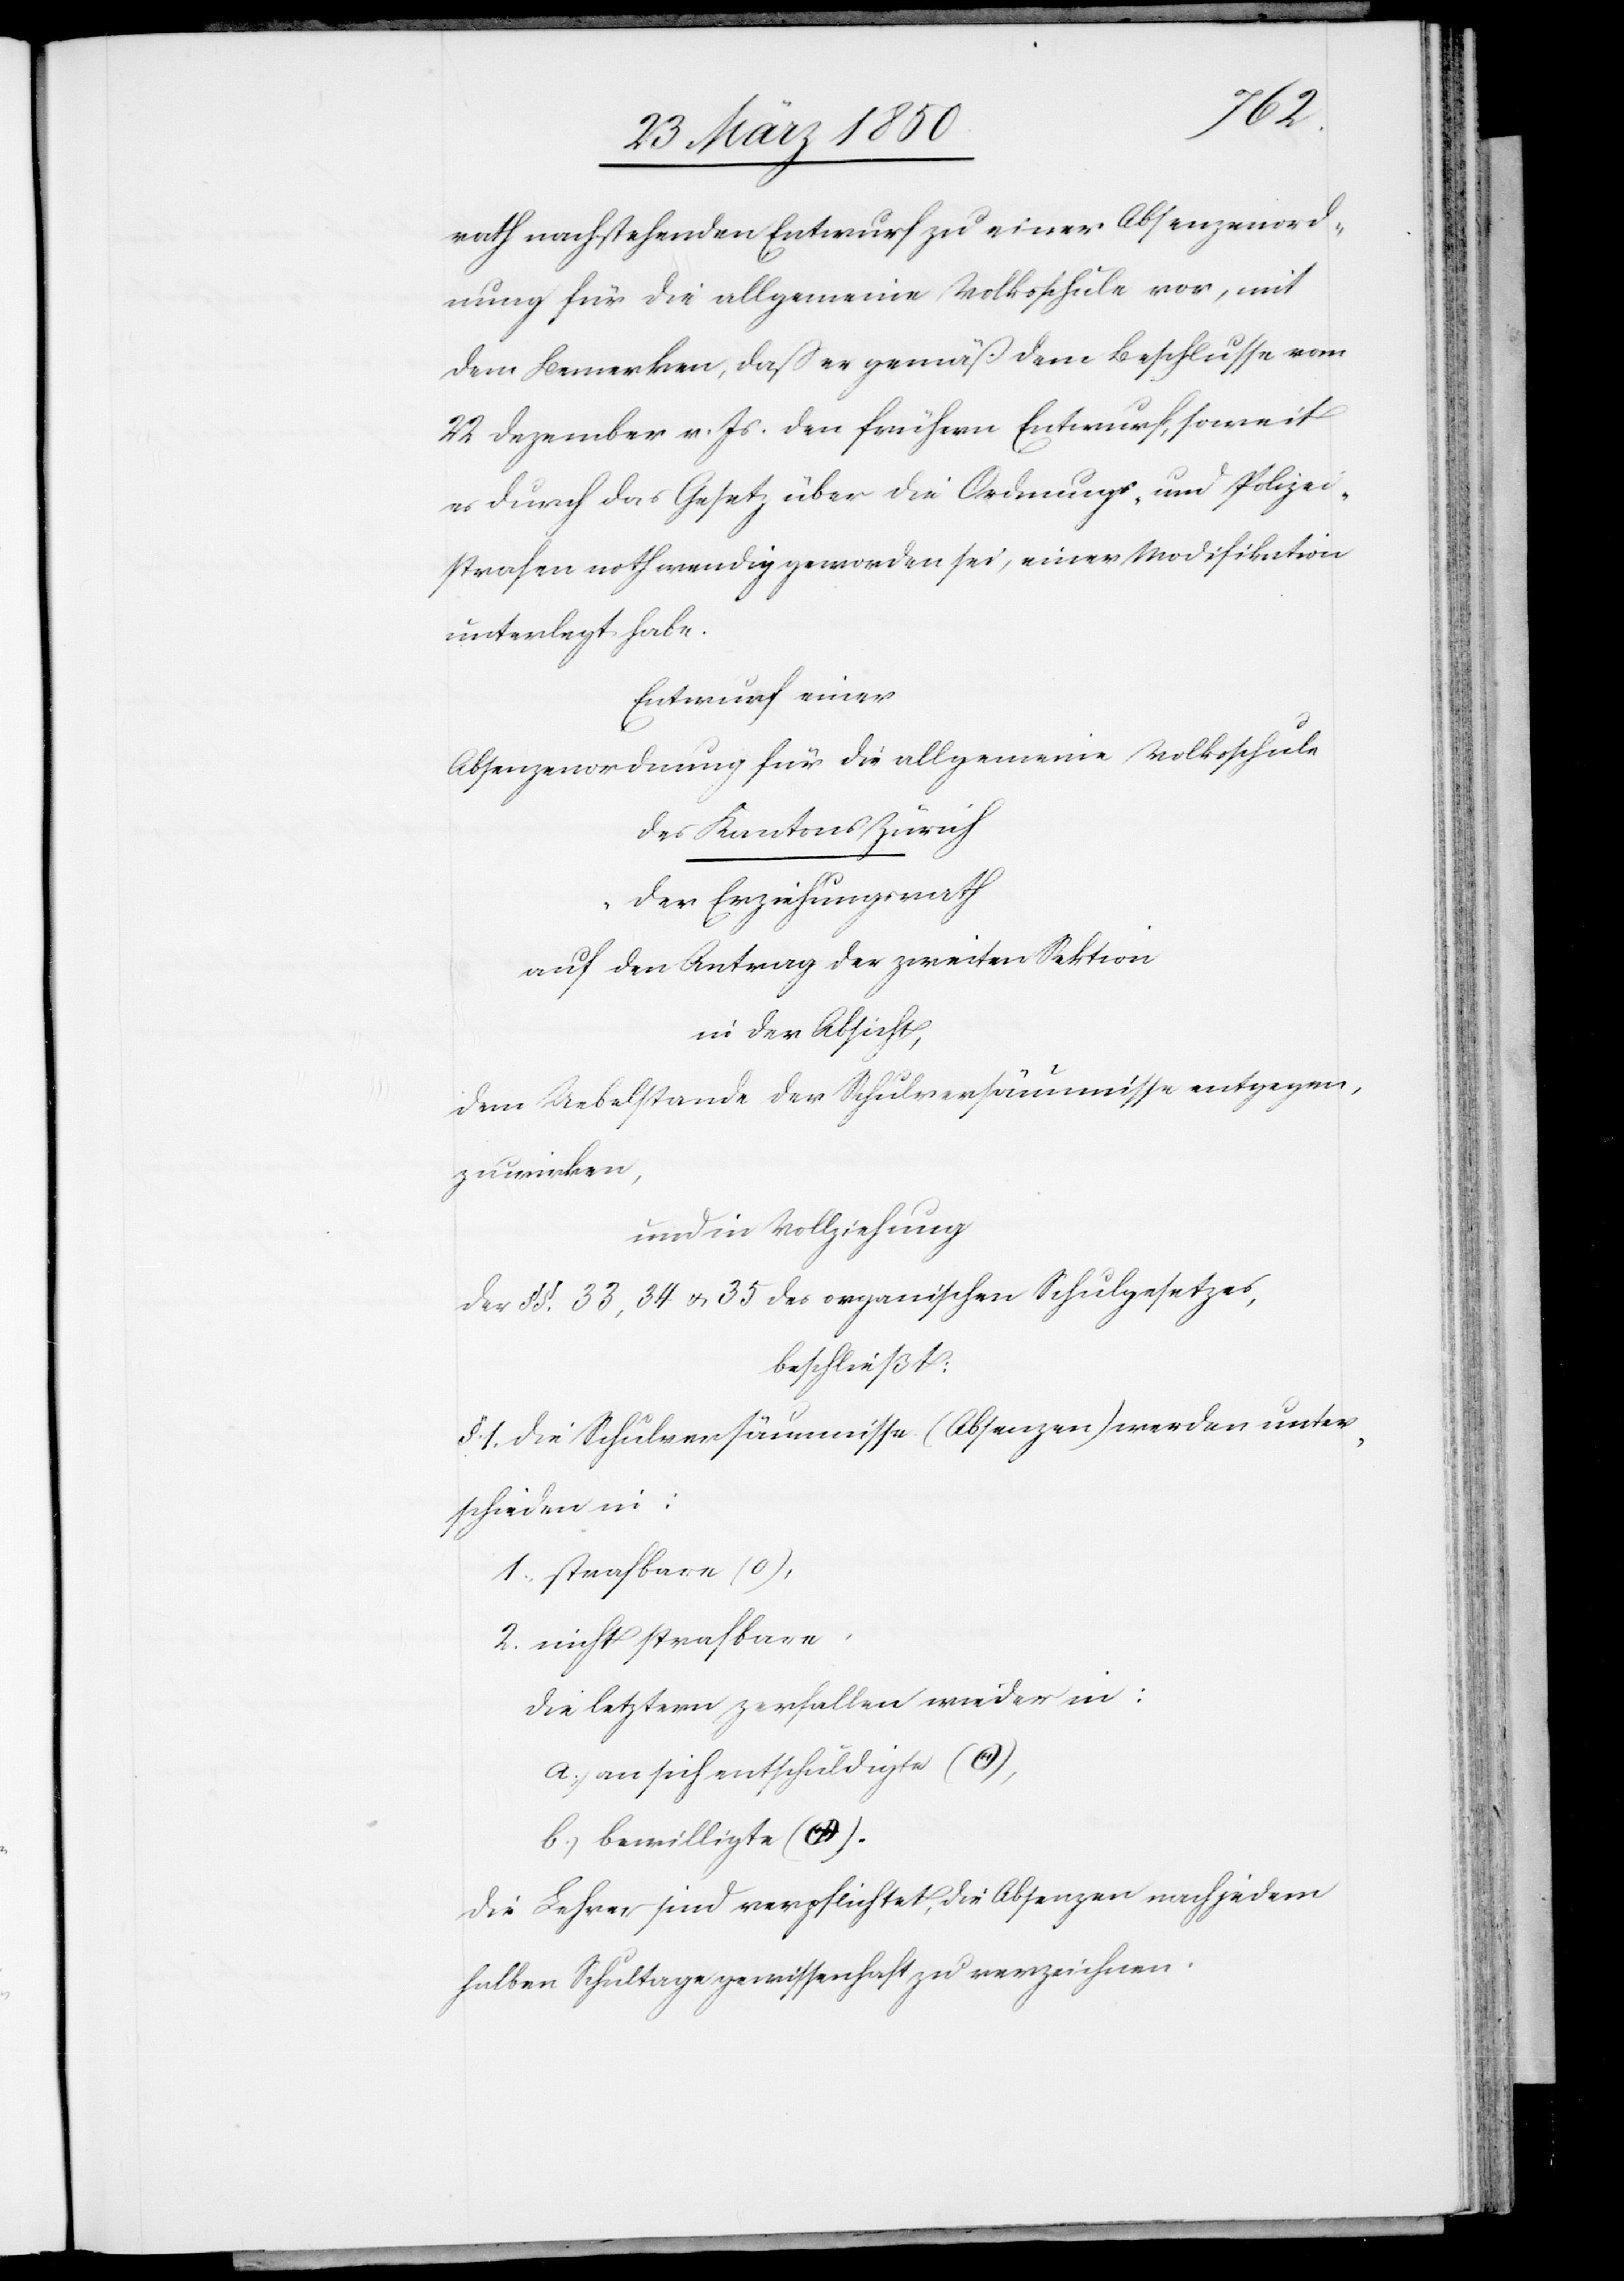
rath nachstehenden Entwurf zu einer Absenzenord¬
nung für die allgemeine Volksschule vor, mit
dem Bemerken, daß er gemäß dem Beschlusse vom
22 Dezember v. Js. den frühern Entwurf, soweit
es durch das Gesetz über die Ordnungs- und Polizei¬
strafen nothwendig geworden sei, einer Modifikation
unterlegt habe.
Entwurf einer
Absenzenordnung für die allgemeine Volkschule
des Kantons Zürich.
Der Erziehungsrath
auf den Antrag der zweiten Sektion
in der Absicht,
dem Uebelstande der Schulversäumnisse entgegen¬
zuwirken,
und in Vollziehung
der §§. 33, 34 u. 35 des organischen Schulgesetzes,
beschließt:
§. 1. Die Schulversäumnisse (Absenzen) werden unter¬
schieden in:
1. strafbare ([?,
2. nicht strafbare
die letztern zerfallen wieder in:
a) an sich entschuldigte ([?,
b) bewilligte ([?, s.
Die Lehrer sind verpflichtet, die Absenzen nach jedem
halben Schultage gewissenhaft zu verzeichnen.